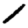
Digit: 1